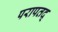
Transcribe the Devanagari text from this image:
परापतद्